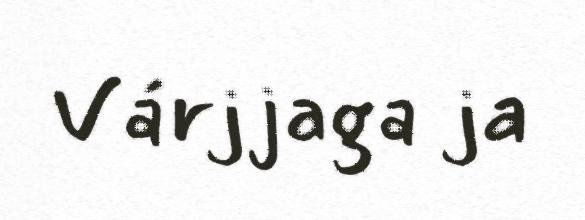
Várjjaga ja